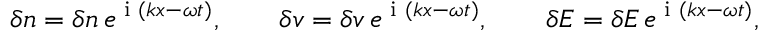
\begin{array} { r } { \delta n = \delta n \, e ^ { \textrm { i } ( k x - \omega t ) } , \qquad \delta v = \delta v \, e ^ { \textrm { i } ( k x - \omega t ) } , \qquad \delta E = \delta E \, e ^ { \textrm { i } ( k x - \omega t ) } , } \end{array}